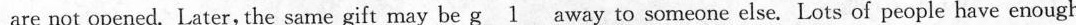
are not opened. Later,the same gift may be \underline{g1}away to someone else. Lots of people have enough